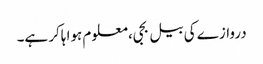
دروازے کی بیل بجی، معلوم ہوا ہاکر ہے۔